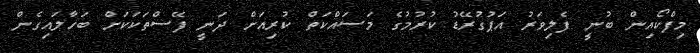
މިފްކޯއިން ބުނީ ފެލިވަރު އަޕުގުރޭޑު ކުރުމުގެ މަސައްކަތް ކުރިއަށް ދަނީ ފޭސްތަކަކަށް ބަހާލައިގެން